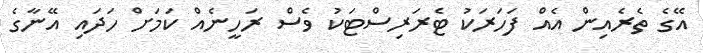
އޭގެ ތެރެއިން އެއް ފަހަރަކު ޓެރަރިސްޓަކު ވެސް ރަހީނެއް ކަމަށް ހަދައި އޭނާގެ